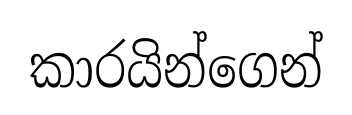
කාරයින්ගෙන්